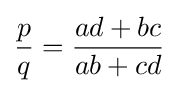
{\frac {p}{q}}={\frac {ad+bc}{ab+cd}}